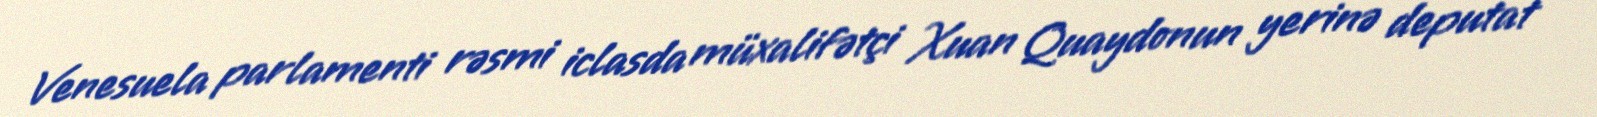
Venesuela parlamenti rəsmi iclasda müxalifətçi Xuan Quaydonun yerinə deputat